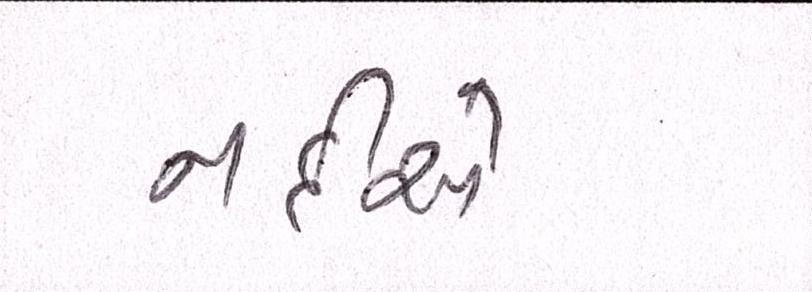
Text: નદીએ